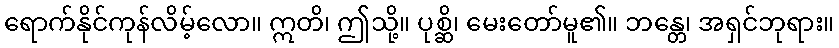
ရောက်နိုင်ကုန်လိမ့်လော။ ဣတိ၊ ဤသို့။ ပုစ္ဆိ၊ မေးတော်မူ၏။ ဘန္တေ၊ အရှင်ဘုရား။